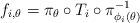
LaTeX: \begin{align*}f_{i,\theta}=\pi_{\theta}\circ T_i\circ \pi_{\phi_i(\theta)}^{-1}\end{align*}